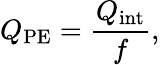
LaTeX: Q_{\mathrm{PE}}=\frac{Q_{\mathrm{int}}}{f},